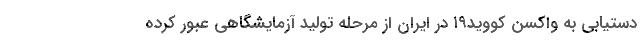
دستیابی به واکسن کووید۱۹ در ایران از مرحله تولید آزمایشگاهی عبور کرده